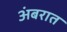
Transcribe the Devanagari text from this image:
अंबरात